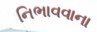
નિભાવવાના